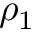
\rho _ { 1 }